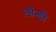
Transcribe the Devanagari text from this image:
लौन्डी